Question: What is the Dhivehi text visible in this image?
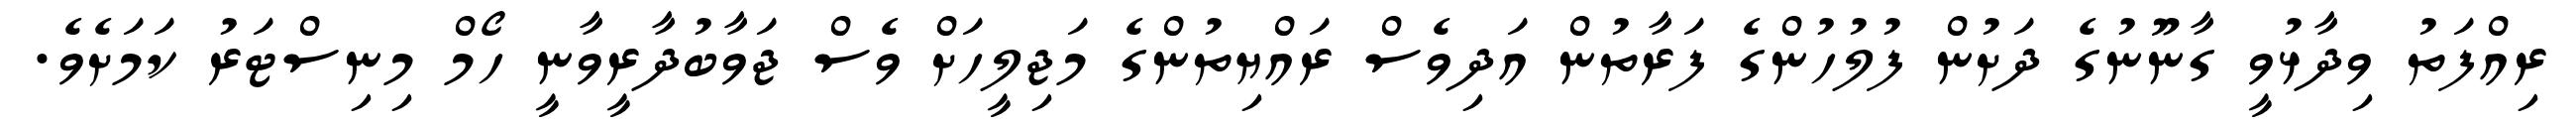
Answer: ރިއްފަތު ވިދާޅުވީ ގާނޫނުގެ ދަށުން ފުލުހުންގެ ފަރާތުން އަދިވެސް ރައްޔިތުންގެ މަޖިލީހަށް ވެސް ޖަވާބުދާރީވާނީ ހޯމް މިނިސްޓަރު ކަމަށެވެ.